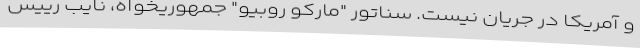
و آمریکا در جریان نیست. سناتور "مارکو روبیو" جمهوریخواه، نایب رییس